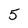
Character: 5